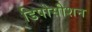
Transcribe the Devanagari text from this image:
डिपोसीशन